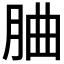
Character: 𦚼